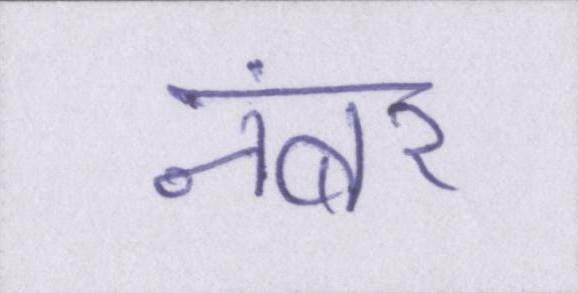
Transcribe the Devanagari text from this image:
नंबर